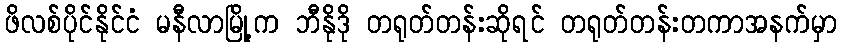
ဖိလစ်ပိုင်နိုင်ငံ မနီလာမြို့က ဘီနိုဒို တရုတ်တန်းဆိုရင် တရုတ်တန်းတကာအနက်မှာ